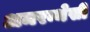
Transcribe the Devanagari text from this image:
अमरन्थेसी